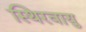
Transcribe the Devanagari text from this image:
स्थिरवायु